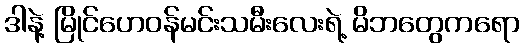
ဒါနဲ့ မြိုင်ဟေဝန်မင်းသမီးလေးရဲ့ မိဘတွေကရော